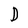
Character: D